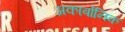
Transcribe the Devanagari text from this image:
अकार्बोनिक